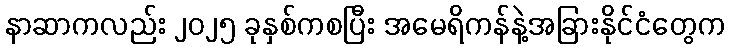
နာဆာကလည်း ၂၀၂၅ ခုနှစ်ကစပြီး အမေရိကန်နဲ့အခြားနိုင်ငံတွေက